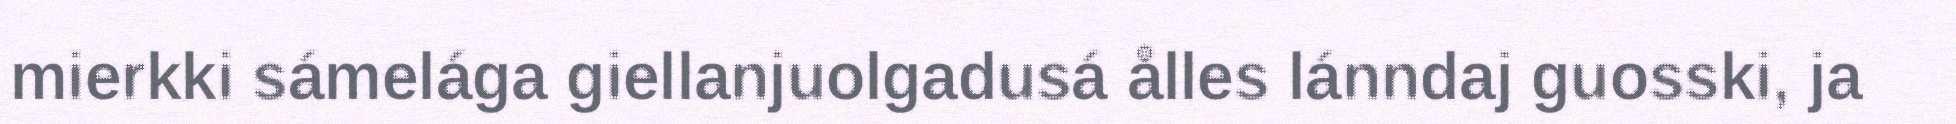
mierkki sámelága giellanjuolgadusá ålles lánndaj guosski, ja